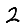
Digit: 2